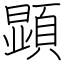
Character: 顕